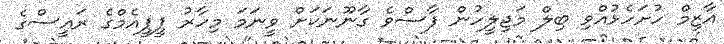
އާޒިމް ހުށަހެޅުއްވި ބިލް މަޖިލީހުން ފާސްވެ ގާނޫނަކަށް ވީނަމަ މިހާރު ޕީޕީއެމްގެ ރައީސްގެ